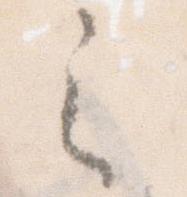
之